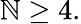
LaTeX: \mathbb{N}\ge4.